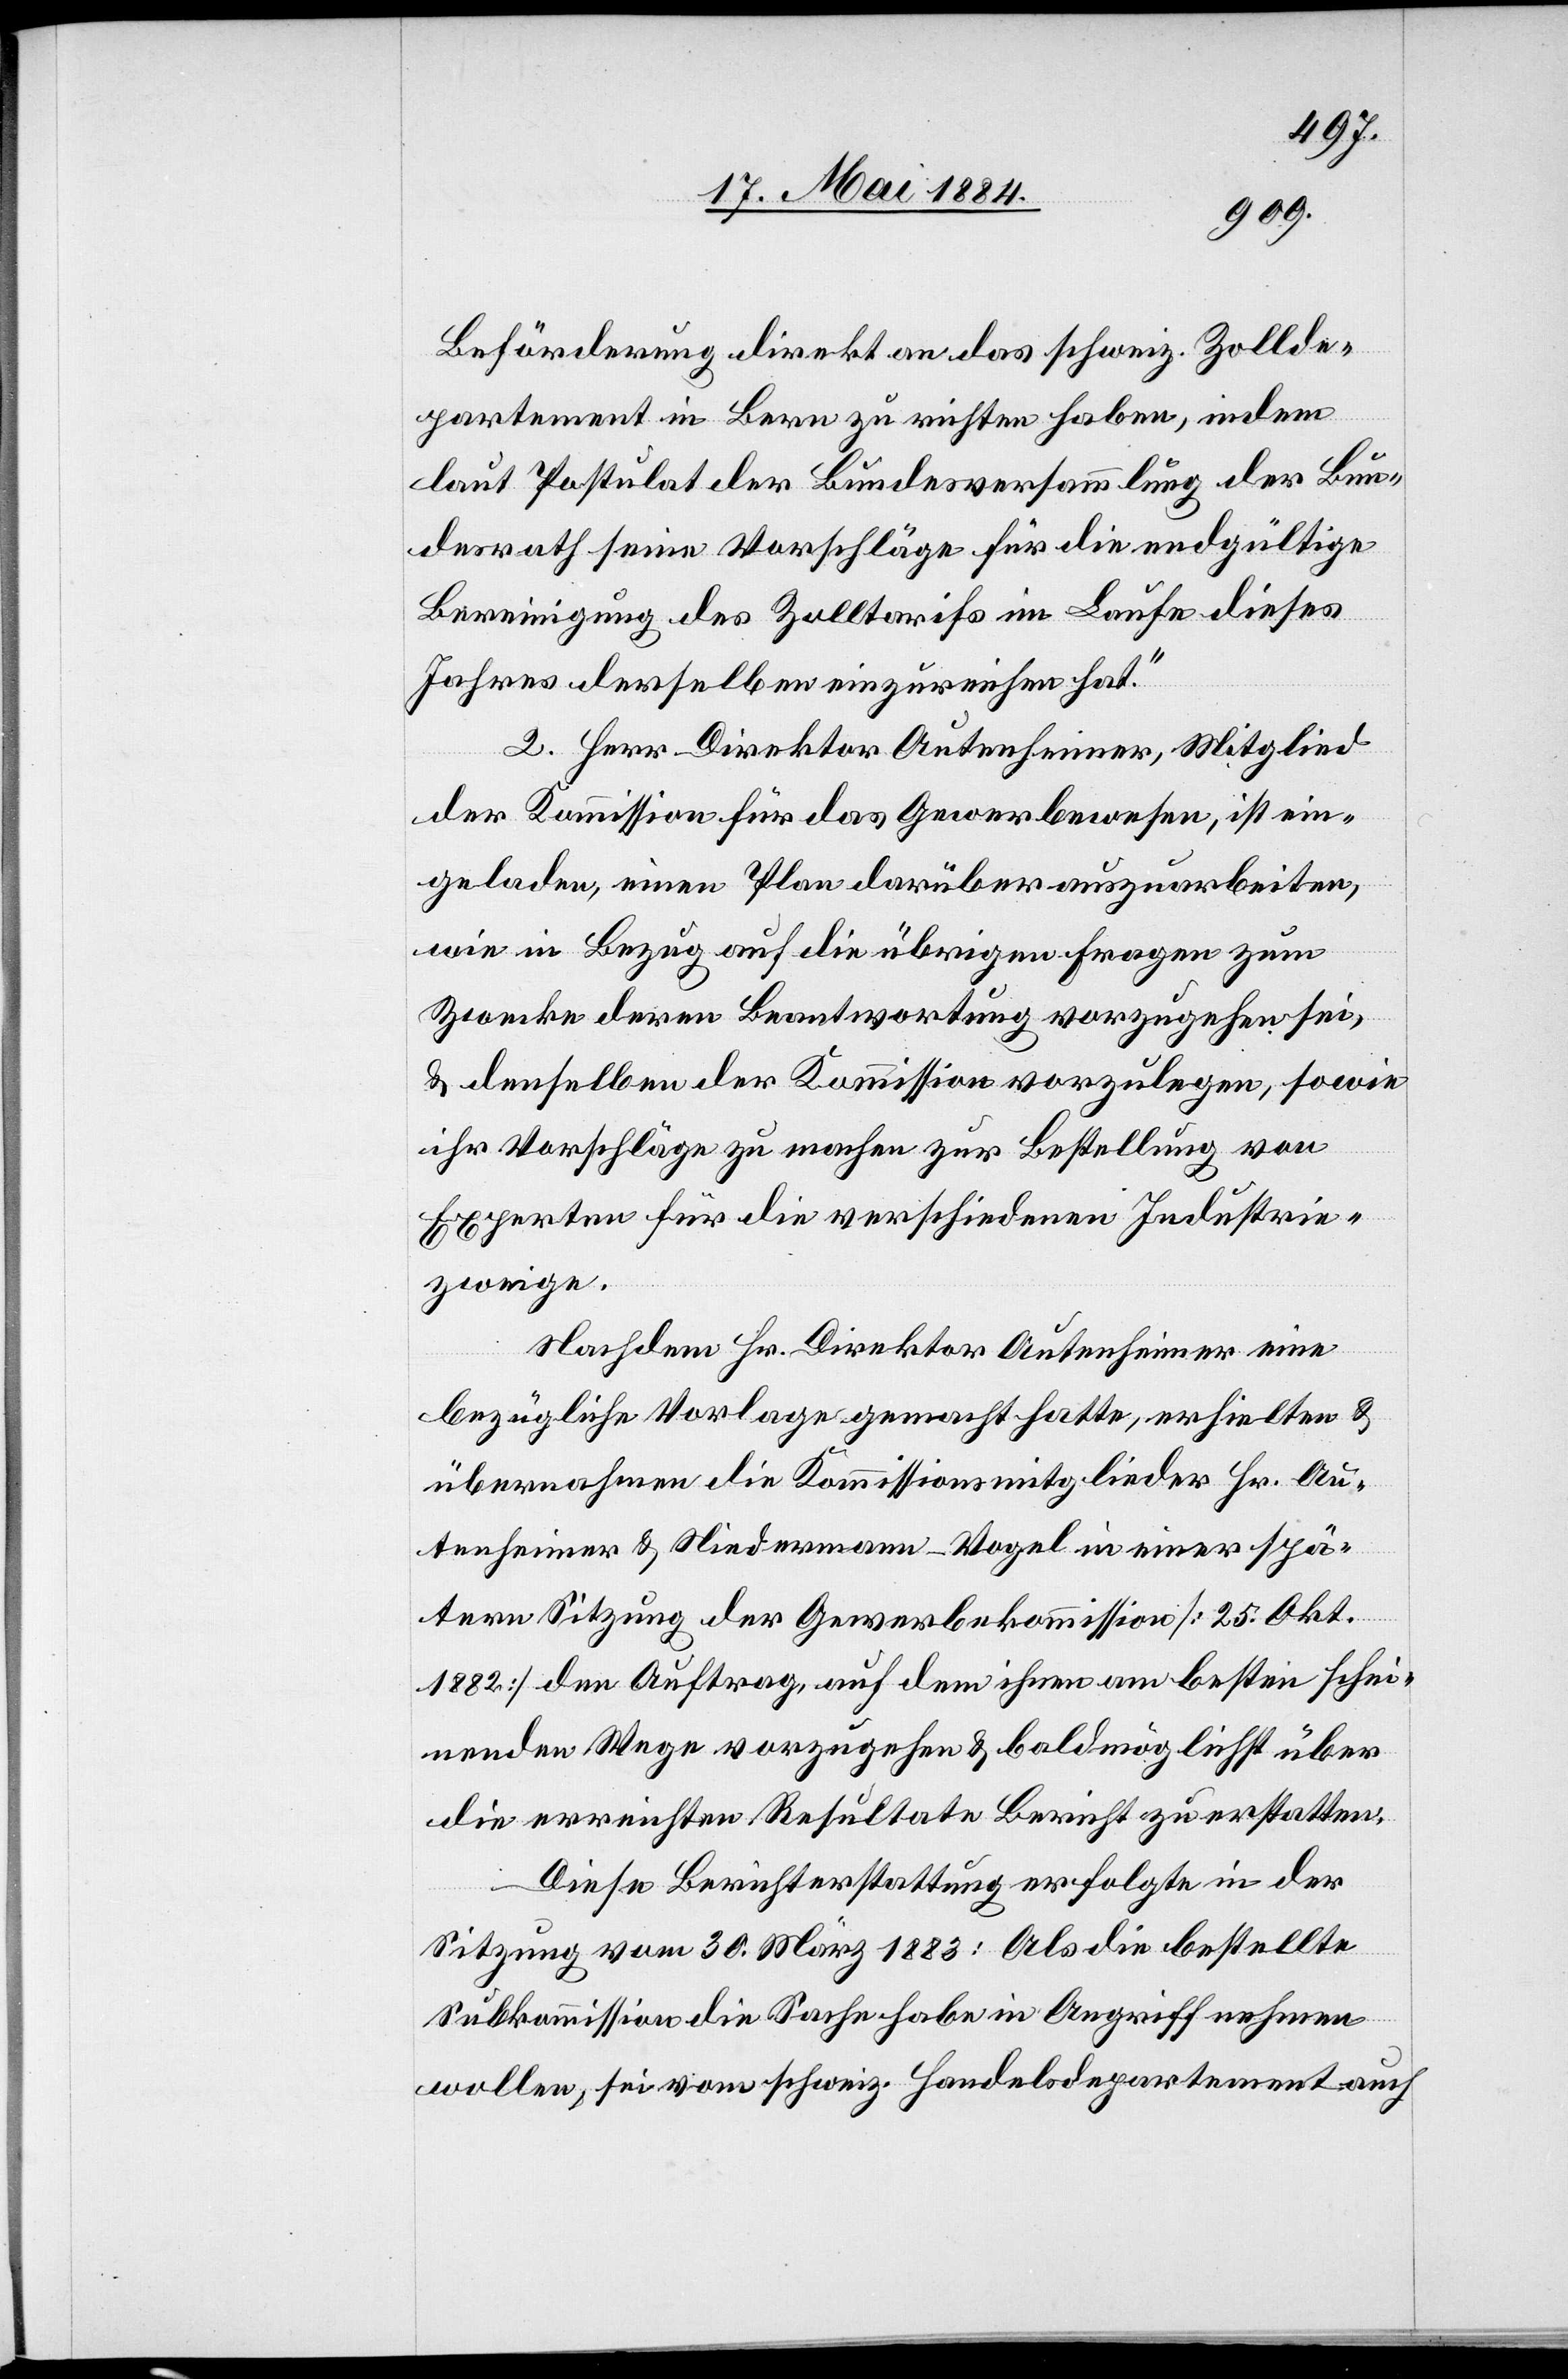
Beförderung direkt an das schweiz. Zollde¬
partement in Bern zu richten haben, indem
laut Postulat der Bundesversammlung der Bun¬
desrath seine Vorschläge für die endgültige
Bereinigung des Zolltarifs im Laufe dieses
Jahres derselben einzureichen hat.“
2. Herr Direktor Autenheimer, Mitglied
der Kommission für das Gewerbewesen, ist ein¬
geladen, einen Plan darüber auszuarbeiten,
wie in Bezug auf die übrigen Fragen zum
Zwecke deren Beantwortung vorzugehen sei,
& denselben der Kommission vorzulegen, sowie
ihr Vorschläge zu machen zur Bestellung von
Experten für die verschiedenen Industrie¬
zweige.
Nachdem Hr. Direktor Autenheimer eine
bezügliche Vorlage gemacht hatte, erhielten &
übernahmen die Kommissionsmitglieder Hr. Au¬
tenheimer & Niedermann-Vogel in einer spä¬
tern Sitzung der Gewerbekommission [25. Okt.
1882] den Auftrag, auf dem ihnen am besten schei¬
nenden Wege vorzugehen & baldmöglichst über
die erreichten Resultate Bericht zu erstatten.
Diese Berichterstattung erfolgte in der
Sitzung vom 30. März 1883: Als die bestellte
Subkommission die Sache habe in Angriff nehmen
wollen, sei vom schweiz. Handelsdepartement auch